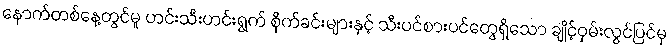
နောက်တစ်နေ့တွင်မူ ဟင်းသီးဟင်းရွက် စိုက်ခင်းများနှင့် သီးပင်စားပင်တွေရှိသော ချိုင့်ဝှမ်းလွင်ပြင်မှ